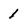
Character: 1